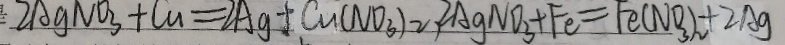
2 A g N O _ { 3 } + C u = 2 A g + C u ( N O _ { 3 } ) 2 A g N O _ { 3 } + F e = F e ( N O _ { 3 } ) _ { 2 } + 2 A g